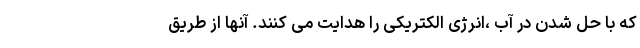
که با حل شدن در آب ،انرژی الکتریکی را هدایت می کنند. آنها از طریق